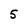
Character: 5